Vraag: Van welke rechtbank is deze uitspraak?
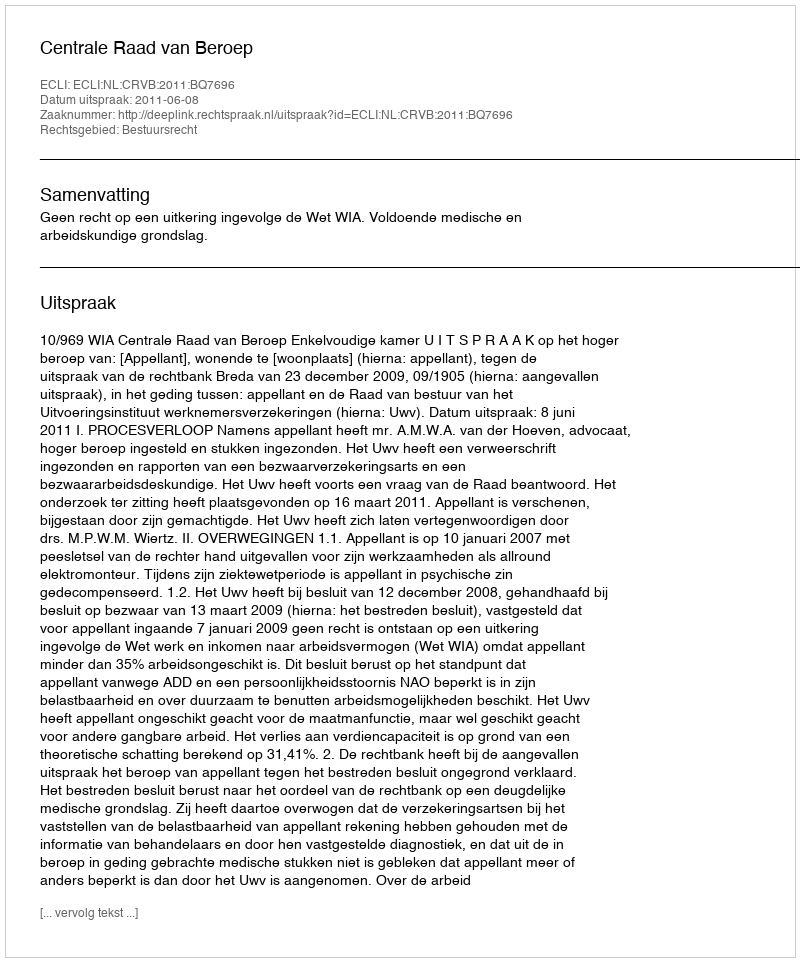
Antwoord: Centrale Raad van Beroep